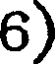
6)